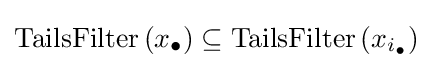
\operatorname {TailsFilter} \left(x_{\bullet }\right)\subseteq \operatorname {TailsFilter} \left(x_{i_{\bullet }}\right)